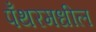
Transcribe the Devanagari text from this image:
पँथरमधील